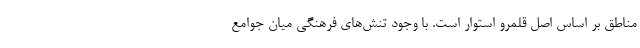
مناطق بر اساس اصل قلمرو استوار است. با وجود تنش‌های فرهنگی میان جوامع